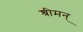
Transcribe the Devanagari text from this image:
श्रीमन्